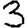
Digit: 3